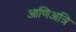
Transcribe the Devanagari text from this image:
आणिअत्रि